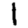
Digit: 1